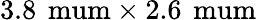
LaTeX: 3.8\, \mathrm{\ mum}\times 2.6\, \mathrm{\ mum}